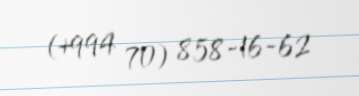
(+994 70) 858-16-62